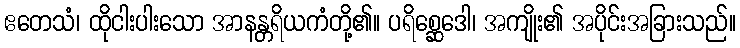
ဧတေသံ၊ ထိုငါးပါးသော အာနန္တရိယကံတို့၏။ ပရိစ္ဆေဒေါ၊ အကျိုး၏ အပိုင်းအခြားသည်။